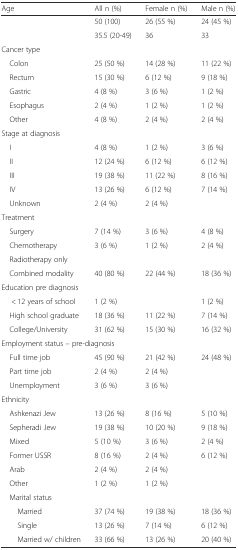
<table><thead><tr><td><b>Age</b></td><td><b>All n (%)</b></td><td><b>Female n (%)</b></td><td><b>Male n (%)</b></td></tr></thead><tbody><tr><td></td><td>50 (100)</td><td>26 (55 %)</td><td>24 (45 %)</td></tr><tr><td></td><td>35.5 (20-49)</td><td>36</td><td>33</td></tr><tr><td colspan="4">Cancer type</td></tr><tr><td> Colon</td><td>25 (50 %)</td><td>14 (28 %)</td><td>11 (22 %)</td></tr><tr><td> Rectum</td><td>15 (30 %)</td><td>6 (12 %)</td><td>9 (18 %)</td></tr><tr><td> Gastric</td><td>4 (8 %)</td><td>3 (6 %)</td><td>1 (2 %)</td></tr><tr><td> Esophagus</td><td>2 (4 %)</td><td>1 (2 %)</td><td>1 (2 %)</td></tr><tr><td> Other</td><td>4 (8 %)</td><td>2 (4 %)</td><td>2 (4 %)</td></tr><tr><td colspan="4">Stage at diagnosis</td></tr><tr><td> I</td><td>4 (8 %)</td><td>1 (2 %)</td><td>3 (6 %)</td></tr><tr><td> II</td><td>12 (24 %)</td><td>6 (12 %)</td><td>6 (12 %)</td></tr><tr><td> III</td><td>19 (38 %)</td><td>11 (22 %)</td><td>8 (16 %)</td></tr><tr><td> IV</td><td>13 (26 %)</td><td>6 (12 %)</td><td>7 (14 %)</td></tr><tr><td> Unknown</td><td>2 (4 %)</td><td>2 (4 %)</td><td></td></tr><tr><td colspan="4">Treatment</td></tr><tr><td> Surgery</td><td>7 (14 %)</td><td>3 (6 %)</td><td>4 (8 %)</td></tr><tr><td> Chemotherapy</td><td>3 (6 %)</td><td>1 (2 %)</td><td>2 (4 %)</td></tr><tr><td> Radiotherapy only</td><td></td><td></td><td></td></tr><tr><td> Combined modality</td><td>40 (80 %)</td><td>22 (44 %)</td><td>18 (36 %)</td></tr><tr><td colspan="4">Education pre diagnosis</td></tr><tr><td>&lt; 12 years of school</td><td>1 (2 %)</td><td></td><td>1 (2 %)</td></tr><tr><td> High school graduate</td><td>18 (36 %)</td><td>11 (22 %)</td><td>7 (14 %)</td></tr><tr><td> College/University</td><td>31 (62 %)</td><td>15 (30 %)</td><td>16 (32 %)</td></tr><tr><td colspan="4">Employment status – pre-diagnosis</td></tr><tr><td> Full time job</td><td>45 (90 %)</td><td>21 (42 %)</td><td>24 (48 %)</td></tr><tr><td> Part time job</td><td>2 (4 %)</td><td>2 (4 %)</td><td></td></tr><tr><td> Unemployment</td><td>3 (6 %)</td><td>3 (6 %)</td><td></td></tr><tr><td colspan="4">Ethnicity</td></tr><tr><td> Ashkenazi Jew</td><td>13 (26 %)</td><td>8 (16 %)</td><td>5 (10 %)</td></tr><tr><td> Sepheradi Jew</td><td>19 (38 %)</td><td>10 (20 %)</td><td>9 (18 %)</td></tr><tr><td> Mixed</td><td>5 (10 %)</td><td>3 (6 %)</td><td>2 (4 %)</td></tr><tr><td> Former USSR</td><td>8 (16 %)</td><td>2 (4 %)</td><td>6 (12 %)</td></tr><tr><td> Arab</td><td>2 (4 %)</td><td>2 (4 %)</td><td></td></tr><tr><td> Other</td><td>1 (2 %)</td><td>1 (2 %)</td><td></td></tr><tr><td colspan="4"> Marital status</td></tr><tr><td>Married</td><td>37 (74 %)</td><td>19 (38 %)</td><td>18 (36 %)</td></tr><tr><td>Single</td><td>13 (26 %)</td><td>7 (14 %)</td><td>6 (12 %)</td></tr><tr><td>Married w/ children</td><td>33 (66 %)</td><td>13 (26 %)</td><td>20 (40 %)</td></tr></tbody></table>